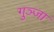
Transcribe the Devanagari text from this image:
गुञ्जा